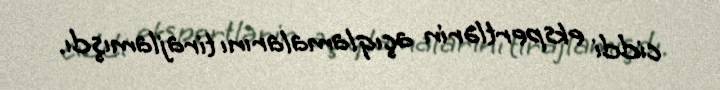
ciddi ekspertlərin açıqlamalarını tirajlamışdı.